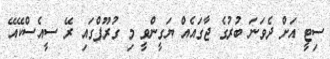
ސިޓީ އަށް ދެވަނަ ބުރުގެ ޖާގައެއް ޔަގީންވީ މި ގުރޫޕްގައި ރޭ ސީއެސްކޭއޭ